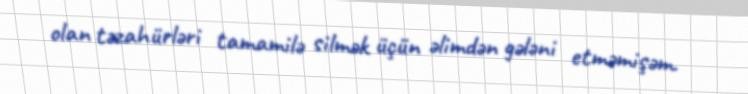
olan təzahürləri tamamilə silmək üçün əlimdən gələni etməmişəm.